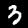
Label: 3